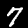
Label: 7